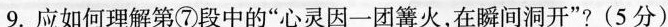
9. 应如何理解第⑦段中的“心灵因一团篝火，在殿间洞开"?(5分）